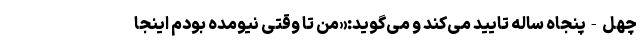
چهل-پنجاه ساله تایید می‌کند و می‌گوید:«من تا وقتی نیومده بودم اینجا